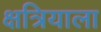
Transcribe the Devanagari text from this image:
क्षत्रियाला